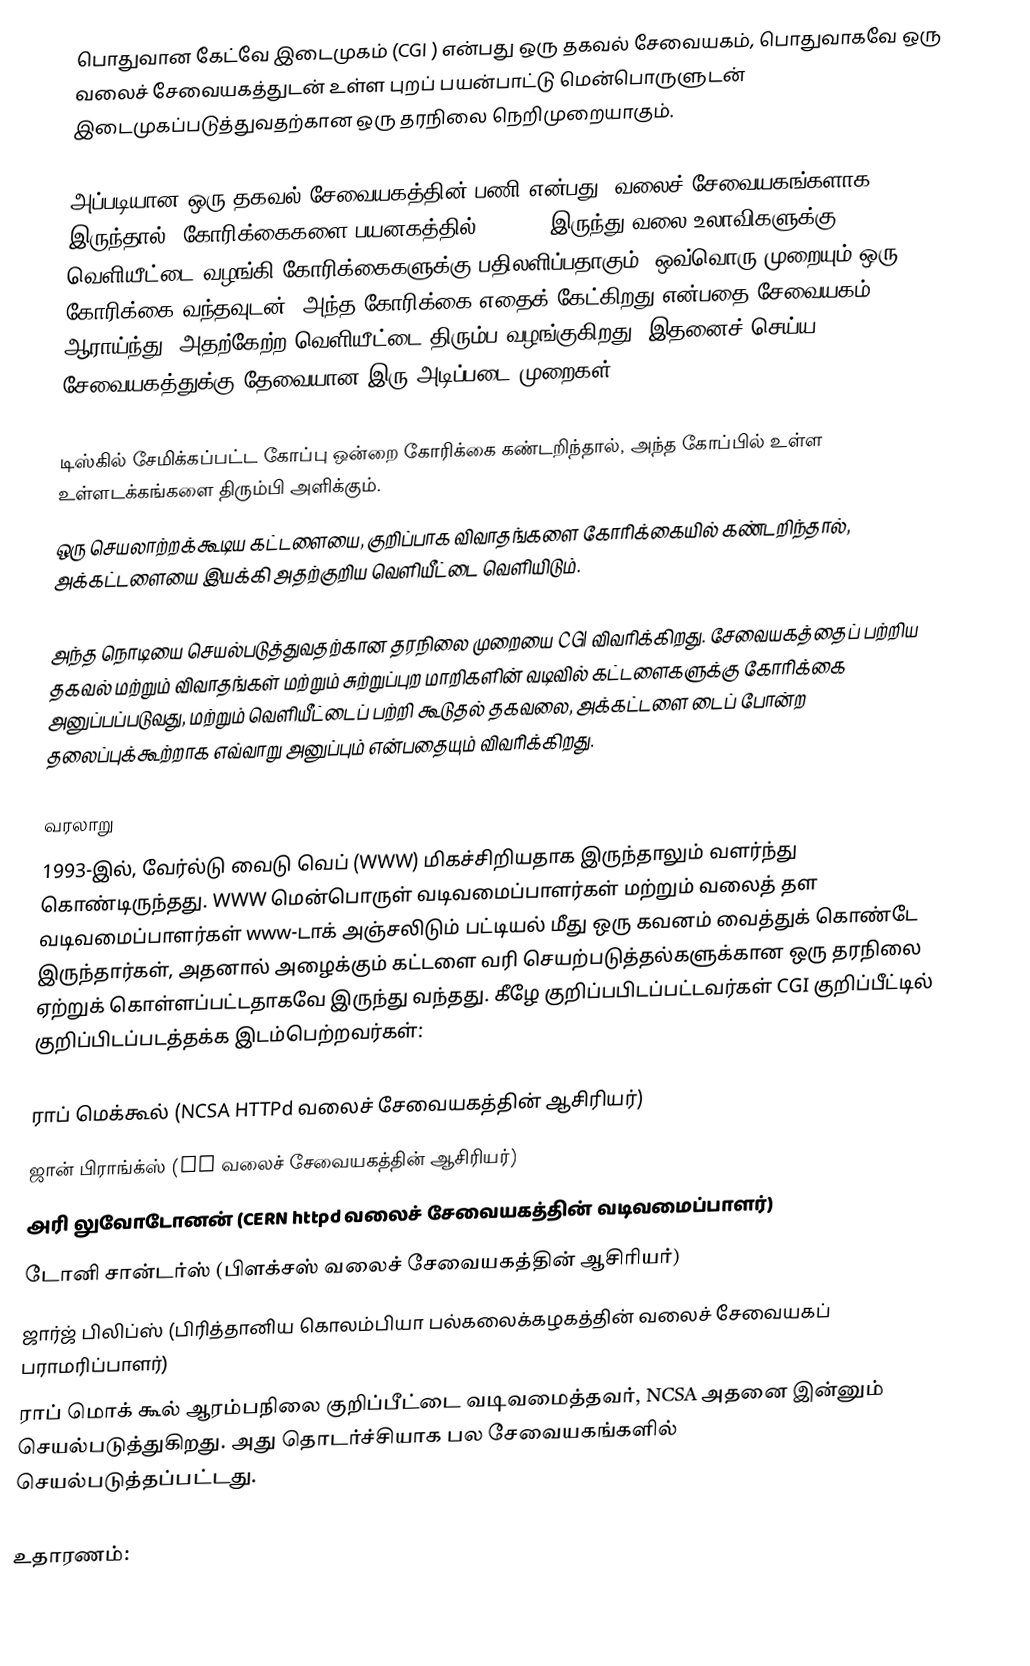
பொதுவான கேட்வே இடைமுகம் (CGI ) என்பது ஒரு தகவல் சேவையகம், பொதுவாகவே ஒரு வலைச் சேவையகத்துடன் உள்ள புறப் பயன்பாட்டு மென்பொருளுடன் இடைமுகப்படுத்துவதற்கான ஒரு தரநிலை நெறிமுறையாகும்.

அப்படியான ஒரு தகவல் சேவையகத்தின் பணி என்பது (வலைச் சேவையகங்களாக இருந்தால், கோரிக்கைகளை பயனகத்தில்(client) இருந்து வலை உலாவிகளுக்கு) வெளியீட்டை வழங்கி கோரிக்கைகளுக்கு பதிலளிப்பதாகும். ஒவ்வொரு முறையும் ஒரு கோரிக்கை வந்தவுடன், அந்த கோரிக்கை எதைக் கேட்கிறது என்பதை சேவையகம் ஆராய்ந்து, அதற்கேற்ற வெளியீட்டை திரும்ப வழங்குகிறது. இதனைச் செய்ய சேவையகத்துக்கு தேவையான இரு அடிப்படை முறைகள்:

 டிஸ்கில் சேமிக்கப்பட்ட கோப்பு ஒன்றை கோரிக்கை கண்டறிந்தால், அந்த கோப்பில் உள்ள உள்ளடக்கங்களை திரும்பி அளிக்கும்.
 ஒரு செயலாற்றக்கூடிய கட்டளையை, குறிப்பாக விவாதங்களை கோரிக்கையில் கண்டறிந்தால், அக்கட்டளையை இயக்கி அதற்குறிய வெளியீட்டை வெளியிடும்.

அந்த நொடியை செயல்படுத்துவதற்கான தரநிலை முறையை CGI விவரிக்கிறது. சேவையகத்தைப் பற்றிய தகவல் மற்றும் விவாதங்கள் மற்றும் சுற்றுப்புற மாறிகளின் வடிவில் கட்டளைகளுக்கு கோரிக்கை அனுப்பப்படுவது, மற்றும் வெளியீட்டைப் பற்றி கூடுதல் தகவலை, அக்கட்டளை டைப் போன்ற தலைப்புக்கூற்றாக எவ்வாறு அனுப்பும் என்பதையும் விவரிக்கிறது.

வரலாறு
1993-இல், வேர்ல்டு வைடு வெப் (WWW) மிகச்சிறியதாக இருந்தாலும் வளர்ந்து கொண்டிருந்தது. WWW மென்பொருள் வடிவமைப்பாளர்கள் மற்றும் வலைத் தள வடிவமைப்பாளர்கள் www-டாக் அஞ்சலிடும் பட்டியல் மீது ஒரு கவனம் வைத்துக் கொண்டே இருந்தார்கள், அதனால் அழைக்கும் கட்டளை வரி செயற்படுத்தல்களுக்கான ஒரு தரநிலை ஏற்றுக் கொள்ளப்பட்டதாகவே இருந்து வந்தது. கீழே குறிப்பபிடப்பட்டவர்கள் CGI குறிப்பீட்டில் குறிப்பிடப்படத்தக்க இடம்பெற்றவர்கள்:

 ராப் மெக்கூல் (NCSA HTTPd வலைச் சேவையகத்தின் ஆசிரியர்)
 ஜான் பிராங்க்ஸ் (GN வலைச் சேவையகத்தின் ஆசிரியர்)
 அரி லுவோடோனன் (CERN httpd வலைச் சேவையகத்தின் வடிவமைப்பாளர்)
 டோனி சான்டர்ஸ் (பிளக்சஸ் வலைச் சேவையகத்தின் ஆசிரியர்)
 ஜார்ஜ் பிலிப்ஸ் (பிரித்தானிய கொலம்பியா பல்கலைக்கழகத்தின் வலைச் சேவையகப் பராமரிப்பாளர்)
ராப் மொக் கூல் ஆரம்பநிலை குறிப்பீட்டை வடிவமைத்தவர், NCSA அதனை இன்னும் செயல்படுத்துகிறது. அது தொடர்ச்சியாக பல சேவையகங்களில் செயல்படுத்தப்பட்டது.

உதாரணம்: